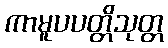
ကာမူပပတ္တိသုတ္တ